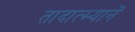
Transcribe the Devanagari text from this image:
तादात्म्यानें